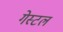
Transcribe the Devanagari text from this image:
गेस्टल